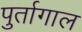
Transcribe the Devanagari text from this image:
पुर्तागाल